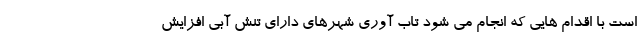
است با اقدام هایی که انجام می شود تاب آوری شهرهای دارای تنش آبی افزایش